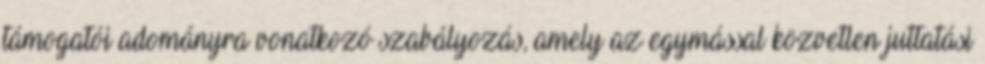
támogatói adományra vonatkozó szabályozás, amely az egymással közvetlen juttatási